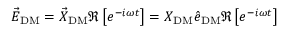
\vec { E } _ { \mathrm { D M } } = \vec { X } _ { \mathrm { D M } } \Re \left[ e ^ { - i \omega t } \right] = X _ { \mathrm { D M } } \hat { e } _ { \mathrm { D M } } \Re \left[ e ^ { - i \omega t } \right]